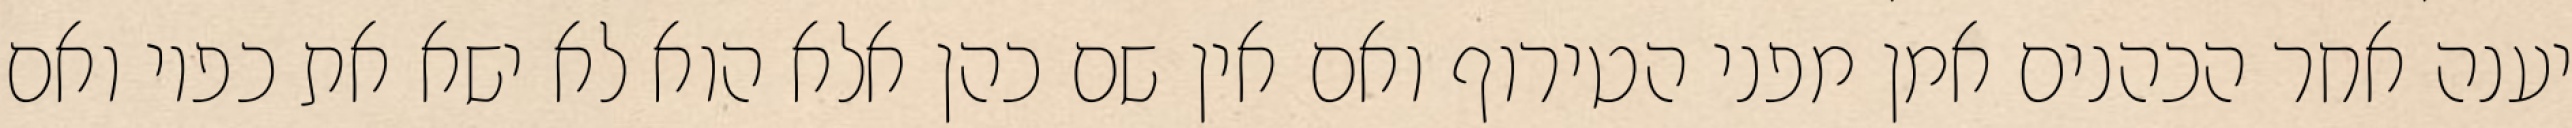
יענה אחר הכהנים אמן מפני הטירוף ואם אין שם כהן אלא הוא לא ישא את כפיו ואם